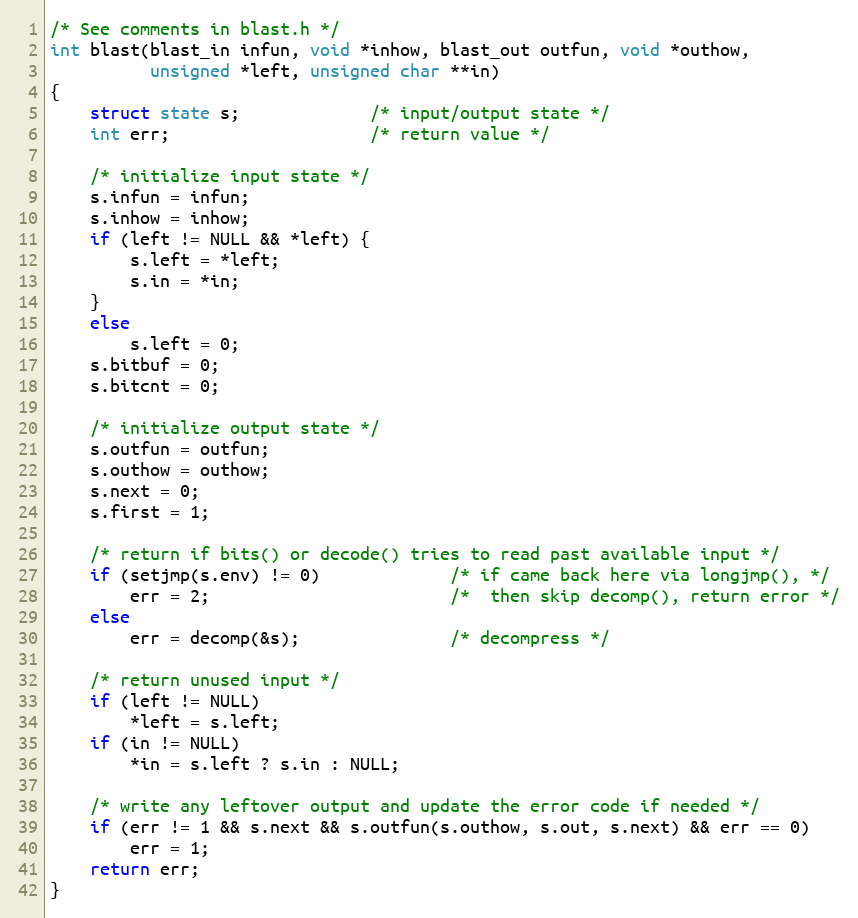
Language: C
/* See comments in blast.h */
int blast(blast_in infun, void *inhow, blast_out outfun, void *outhow,
          unsigned *left, unsigned char **in)
{
    struct state s;             /* input/output state */
    int err;                    /* return value */

    /* initialize input state */
    s.infun = infun;
    s.inhow = inhow;
    if (left != NULL && *left) {
        s.left = *left;
        s.in = *in;
    }
    else
        s.left = 0;
    s.bitbuf = 0;
    s.bitcnt = 0;

    /* initialize output state */
    s.outfun = outfun;
    s.outhow = outhow;
    s.next = 0;
    s.first = 1;

    /* return if bits() or decode() tries to read past available input */
    if (setjmp(s.env) != 0)             /* if came back here via longjmp(), */
        err = 2;                        /*  then skip decomp(), return error */
    else
        err = decomp(&s);               /* decompress */

    /* return unused input */
    if (left != NULL)
        *left = s.left;
    if (in != NULL)
        *in = s.left ? s.in : NULL;

    /* write any leftover output and update the error code if needed */
    if (err != 1 && s.next && s.outfun(s.outhow, s.out, s.next) && err == 0)
        err = 1;
    return err;
}